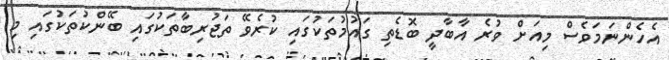
އެހެންނަމަވެސް މިއަށް ވުރެ އާބާދީ ބޮޑެތި ގައުމުތަކުގައި ކުރެވޭ ތަޖުރިބާތަކުގައި ބޭންކުތަކުގައި މި